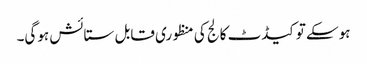
ہوسکے تو کیڈٹ کالج کی منظوری قابل ستائش ہوگی۔